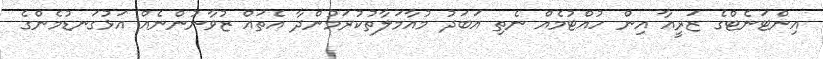
އިންޓަނެޓްގެ ޒަރީއާ އިން ހުއްޓުމެއް ނެތި އަބަދު މުއާމަލާތުކުރަމުންދާ އެތައް ޒުވާނުންނެއް އަޅުގަނޑުމެންގެ